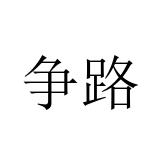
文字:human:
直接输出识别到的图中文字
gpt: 争路